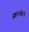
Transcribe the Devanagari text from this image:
स्कनथोर्प